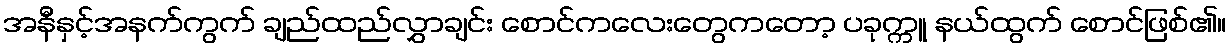
အနီနှင့်အနက်ကွက် ချည်ထည်လွှာချင်း စောင်ကလေးတွေကတော့ ပခုက္ကူ နယ်ထွက် စောင်ဖြစ်၏။